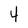
Character: 4